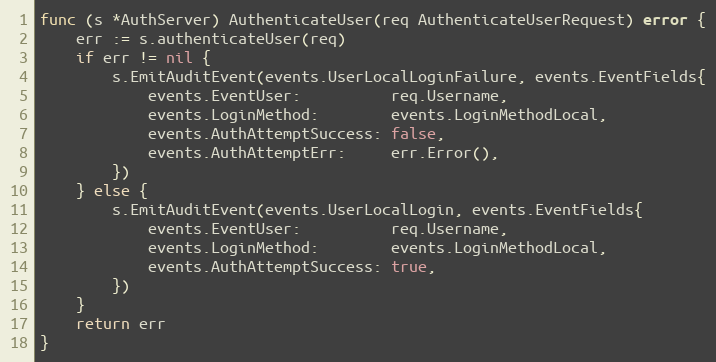
Language: Go
func (s *AuthServer) AuthenticateUser(req AuthenticateUserRequest) error {
	err := s.authenticateUser(req)
	if err != nil {
		s.EmitAuditEvent(events.UserLocalLoginFailure, events.EventFields{
			events.EventUser:          req.Username,
			events.LoginMethod:        events.LoginMethodLocal,
			events.AuthAttemptSuccess: false,
			events.AuthAttemptErr:     err.Error(),
		})
	} else {
		s.EmitAuditEvent(events.UserLocalLogin, events.EventFields{
			events.EventUser:          req.Username,
			events.LoginMethod:        events.LoginMethodLocal,
			events.AuthAttemptSuccess: true,
		})
	}
	return err
}